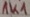
Text: 1K1